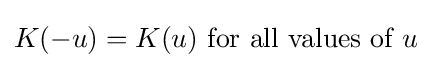
K(-u)=K(u){\mbox{ for all values of }}u